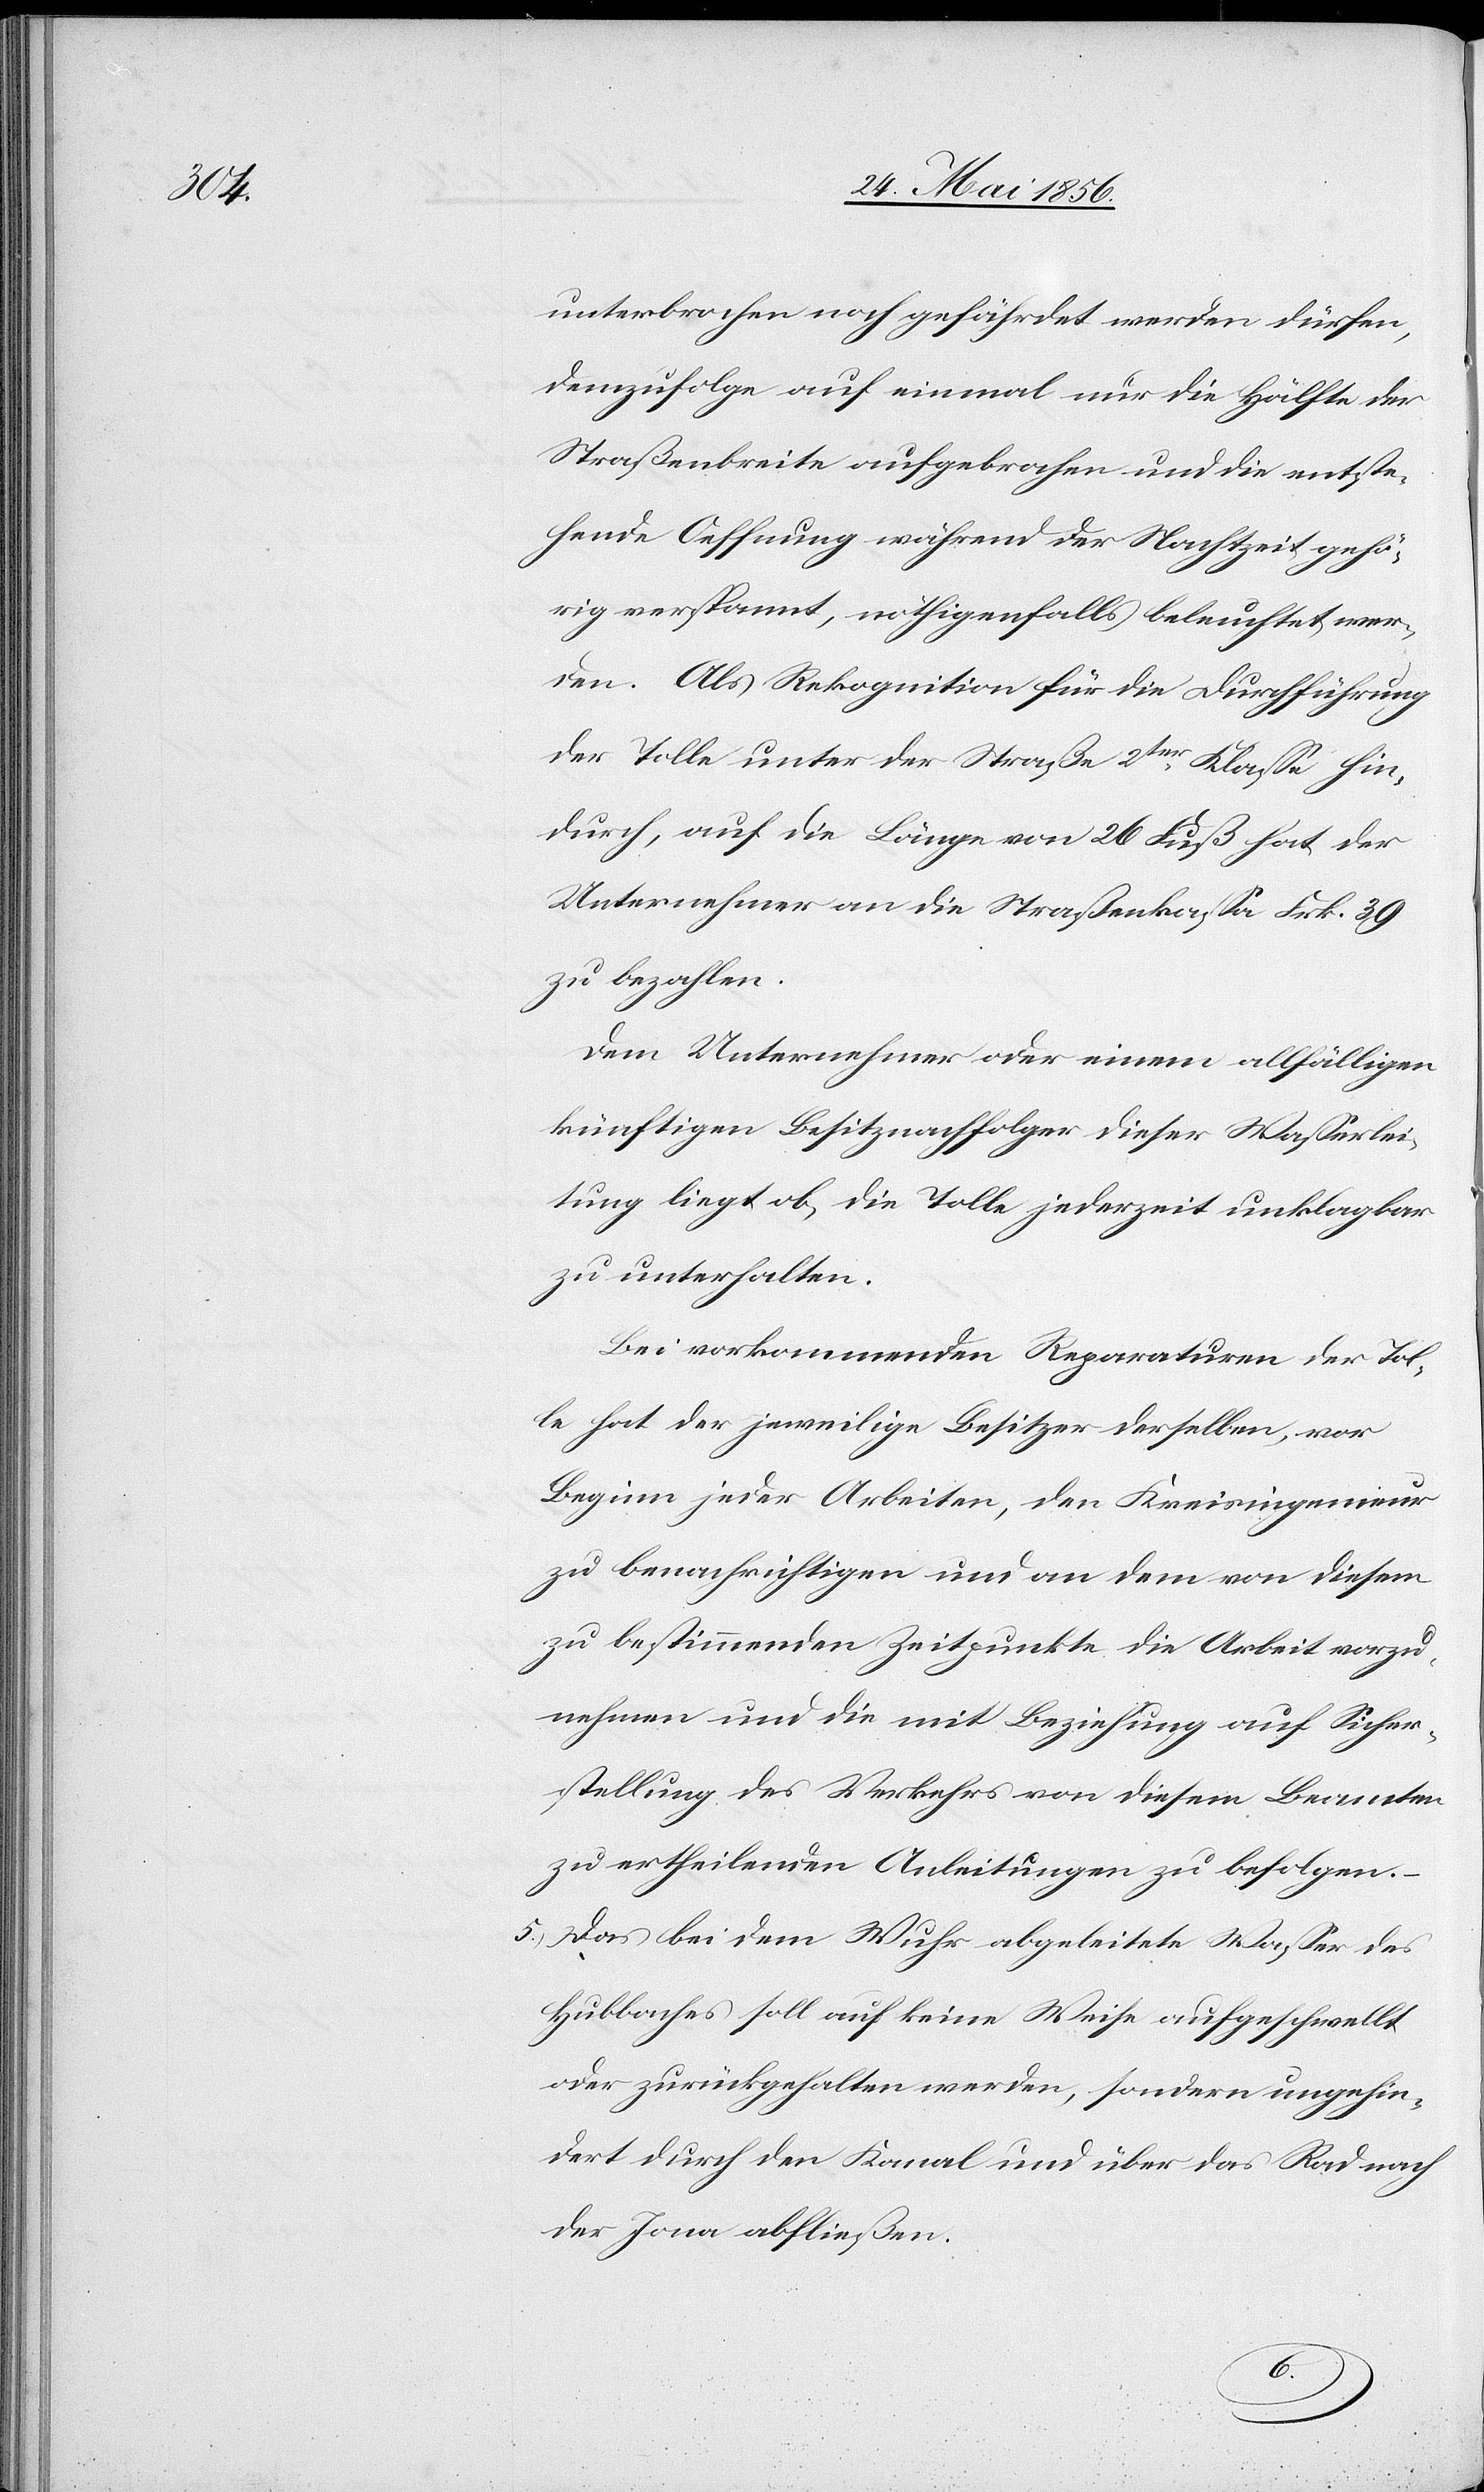
unterbrochen noch gefährdet werden dürfen,
demzufolge auf einmal nur die Hälfte der
Straßenbreite aufgebrochen und die entste¬
hende Oeffnung während der Nachtzeit gehö¬
rig verspannt, nöthigenfalls beleuchtet wer¬
den. Als Rekognition für die Durchführung
der Tolle unter der Straße 2ter Klasse hin¬
durch, auf die Länge von 26 Fuß hat der
Unternehmer an die Straßenkassa Frk. 39
zu bezahlen.
Dem Unternehmer oder einem allfälligen
künftigen Besitznachfolger dieser Wasserlei¬
tung liegt ob, die Tolle jederzeit unklagbar
zu unterhalten.
Bei vorkommenden Reparaturen der Tol¬
le hat der jeweilige Besitzer derselben, vor
Beginn jeder Arbeit, den Kreisingenieur
zu benachrichtigen und an dem von diesem
zu bestimmenden Zeitpunkte die Arbeit vorzu¬
nehmen und die mit Beziehung auf Sicher¬
stellung des Verkehrs von diesem Beamten
zu ertheilenden Anleitungen zu befolgen.
5.) Das bei dem Wuhr abgeleitete Wasser des
Hubbaches soll auf keine Weise aufgeschwellt
oder zurückgehalten werden, sondern ungehin¬
dert durch den Kanal und über das Rad nach
der Jona abfließen.